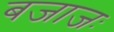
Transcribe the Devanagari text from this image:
बजाजः